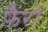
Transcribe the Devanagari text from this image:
फैरों